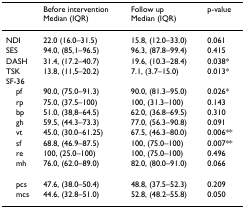
<table><thead><tr><td></td><td><b>Before interventionMedian (IQR)</b></td><td><b>Follow upMedian (IQR)</b></td><td><b>p-value</b></td></tr></thead><tbody><tr><td>NDI</td><td>22.0 (16.0–31.5)</td><td>15.8, (12.0–33.0)</td><td>0.061</td></tr><tr><td>SES</td><td>94.0, (85,1–96.5)</td><td>96.3, (87.8–99.4)</td><td>0.415</td></tr><tr><td>DASH</td><td>31.4, (17.2–40.7)</td><td>19.6, (10.3–28.4)</td><td>0.038*</td></tr><tr><td>TSK</td><td>13.8, (11,5–20.2)</td><td>7.1, (3.7–15.0)</td><td>0.013*</td></tr><tr><td>SF-36</td><td></td><td></td><td></td></tr><tr><td> pf</td><td>90.0, (75.0–91.3)</td><td>90.0, (81.3–95.0)</td><td>0.026*</td></tr><tr><td> rp</td><td>75.0, (37.5–100)</td><td>100, (31.3–100)</td><td>0.143</td></tr><tr><td> bp</td><td>51.0, (38,8–64.5)</td><td>62.0, (36.8–69.5)</td><td>0.310</td></tr><tr><td> gh</td><td>59.5, (44.3–73.3)</td><td>77.0, (56.3–90.8)</td><td>0.091</td></tr><tr><td> vt</td><td>45.0, (30.0–61.25)</td><td>67.5, (46.3–80.0)</td><td>0.006**</td></tr><tr><td> sf</td><td>68.8, (46.9–87.5)</td><td>100, (75.0–100)</td><td>0.007**</td></tr><tr><td> re</td><td>100, (25.0–100)</td><td>100, (75.0–100)</td><td>0.496</td></tr><tr><td> mh</td><td>76.0, (62.0–89.0)</td><td>82.0, (80.0–91.0)</td><td>0.066</td></tr><tr><td> pcs</td><td>47.6, (38.0–50.4)</td><td>48.8, (37.5–52.3)</td><td>0.209</td></tr><tr><td> mcs</td><td>44.6, (32.8–51.0)</td><td>52.8, (48.2–55.8)</td><td>0.050</td></tr></tbody></table>